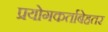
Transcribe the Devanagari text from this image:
प्रयोगकर्ताबेहतर